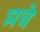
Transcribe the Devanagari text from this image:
मचे